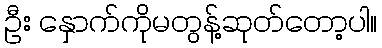
ဦး နှောက်ကိုမတွန့်ဆုတ်တော့ပါ။